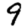
Digit: 9